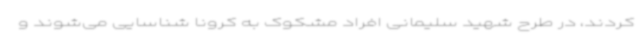
کردند، در طرح شهید سلیمانی افراد مشکوک به کرونا شناسایی می‌شوند و